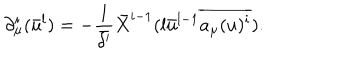
LaTeX: \partial _ { \mu } ^ { i } ( \bar { u } ^ { l } ) = - \frac { 1 } { \bar { \delta ^ { \prime } } } \bar { X } ^ { i - 1 } ( l \bar { u } ^ { l - 1 } \overline { { { a _ { \mu } ( u ) ^ { i } } } } ) .